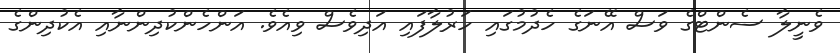
ވެނީލާ ސެންޓްގެ ވަސް އޭނަގެ ހެދުމުގައި ހަރުލާފައި އަދިވެސް ވިއެވެ. އަންހެންކުދިންނާއި އެކުދިންގެ